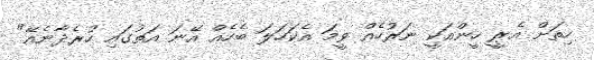
ހިތަށް އެރީ ހީންއަކީ ނަރުހެއް ވީމަ އެކަހަލަ ބެހެއް އޭނަ އަތުގައި ހުރެދާނެއޭ"